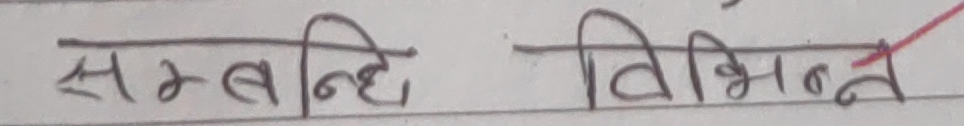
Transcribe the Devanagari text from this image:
सम्बन्धि विभिन्न